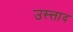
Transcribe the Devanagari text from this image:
उस्त्ताद